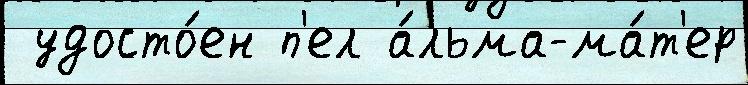
 удосто́ен п'ел а́льма-ма́т'ер